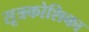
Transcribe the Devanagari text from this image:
सूत्रकोशिका